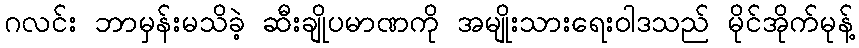
ဂလင်း ဘာမှန်းမသိခဲ့ ဆီးချိုပမာဏကို အမျိုးသားရေးဝါဒသည် မိုင်အိုက်မုန့်